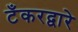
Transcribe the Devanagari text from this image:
टँकरद्वारे